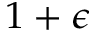
1 + \epsilon